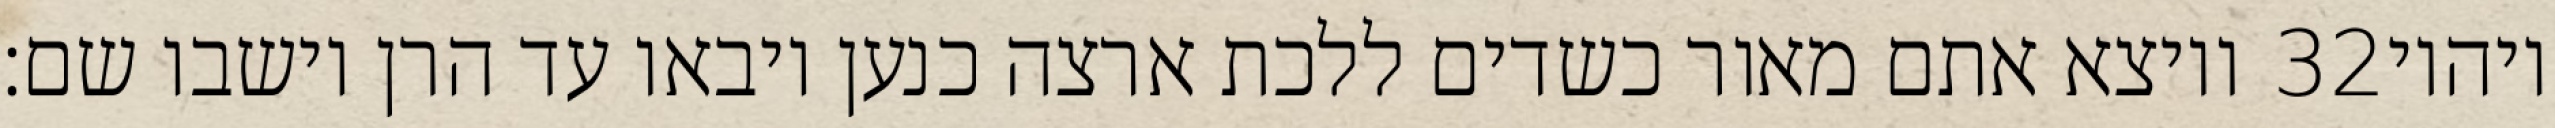
ויוצא אתם מאור כשדים ללכת ארצה כנען ויבאו עד הרן וישבו שם׃ ‎32‏ ויהיו